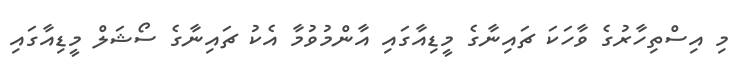
މި އިސްތިހާރުގެ ވާހަކަ ޗައިނާގެ މީޑިއާގައި އާންމުވުމާ އެކު ޗައިނާގެ ސޯޝަލް މީޑިއާގައި